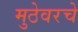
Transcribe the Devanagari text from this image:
मुठेवरचे